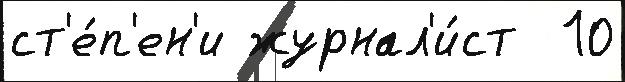
ст'е́п'ен'и журнал'и́ст  10